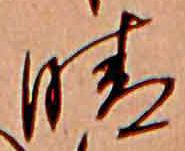
晴